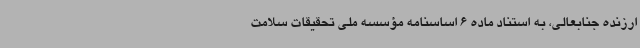
ارزنده جنابعالی، به استناد ماده 6 اساسنامه مؤسسه ملی تحقیقات سلامت